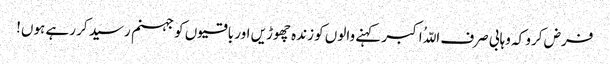
فرض کرو کہ وہابی صرف اللّہُ اکبر کہنے والوں کو زندہ چھوڑیں اور باقیوں کو جہنم رسید کر رہے ہوں!